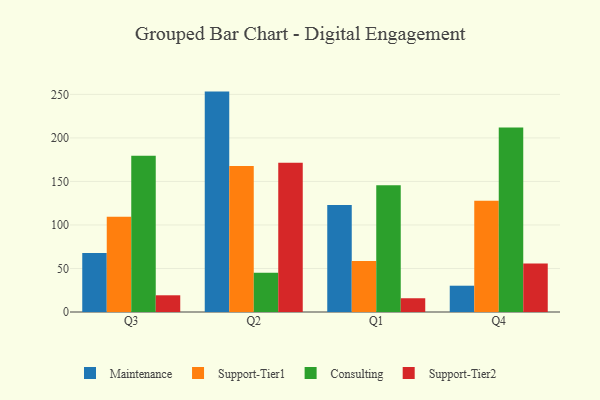
{"axis": {"x": "Quarter", "y": "Bounce Rate (%)"}, "legend": ["Consulting", "Maintenance", "Support-Tier1", "Support-Tier2"], "data": [{"x": "Q3", "y": 67.9, "type": "Maintenance"}, {"x": "Q3", "y": 109.4, "type": "Support-Tier1"}, {"x": "Q3", "y": 179.4, "type": "Consulting"}, {"x": "Q3", "y": 19.2, "type": "Support-Tier2"}, {"x": "Q2", "y": 253.2, "type": "Maintenance"}, {"x": "Q2", "y": 167.7, "type": "Support-Tier1"}, {"x": "Q2", "y": 45.0, "type": "Consulting"}, {"x": "Q2", "y": 171.4, "type": "Support-Tier2"}, {"x": "Q1", "y": 122.8, "type": "Maintenance"}, {"x": "Q1", "y": 58.5, "type": "Support-Tier1"}, {"x": "Q1", "y": 145.5, "type": "Consulting"}, {"x": "Q1", "y": 15.8, "type": "Support-Tier2"}, {"x": "Q4", "y": 30.2, "type": "Maintenance"}, {"x": "Q4", "y": 127.8, "type": "Support-Tier1"}, {"x": "Q4", "y": 211.9, "type": "Consulting"}, {"x": "Q4", "y": 55.6, "type": "Support-Tier2"}]}